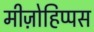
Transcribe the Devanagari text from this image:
मीज़ोहिप्पस